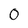
Character: 0